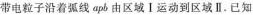
带电粒子沿着弧线apb由区域Ⅰ运动到区域Ⅱ.已知